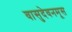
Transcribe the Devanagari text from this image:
वासुदेवनमूस